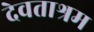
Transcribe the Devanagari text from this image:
देवताश्रम